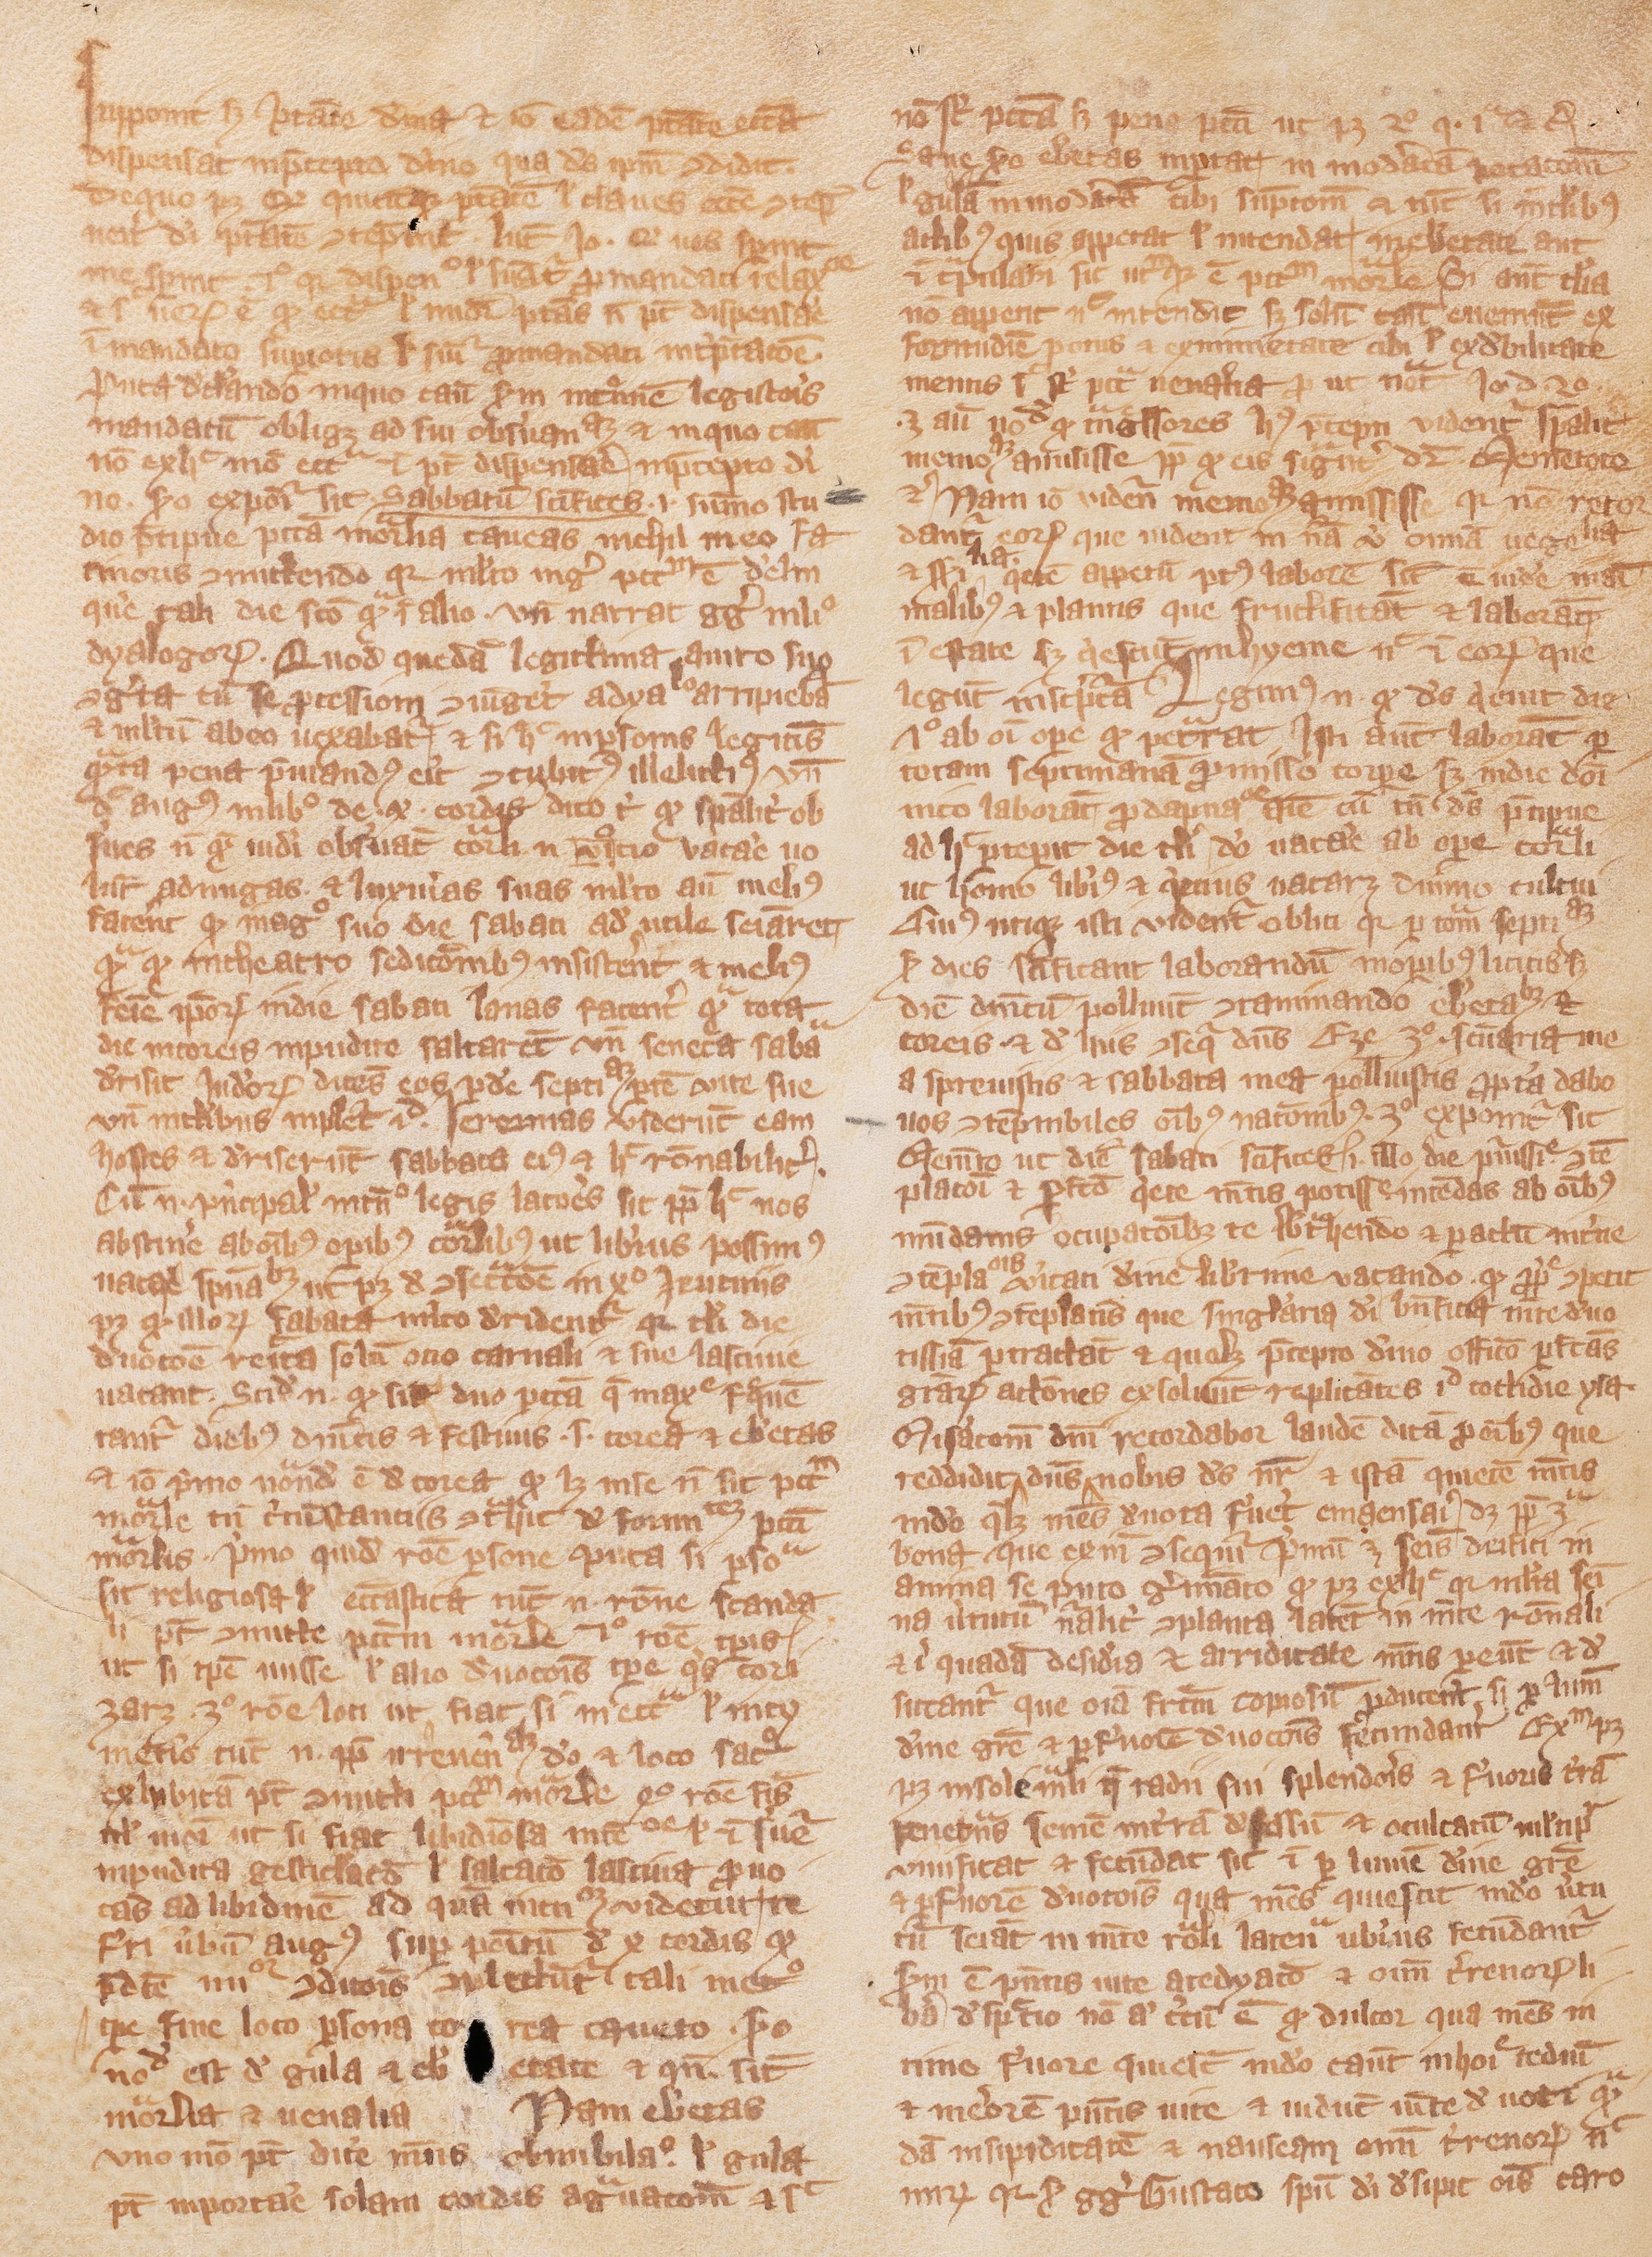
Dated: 1200–1299